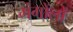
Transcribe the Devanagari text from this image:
मंगोंलों